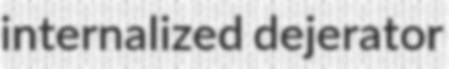
internalized dejerator